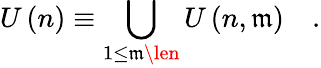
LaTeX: U\left(n\right)\equiv\bigcup_{1\le\mathfrak{m}\len}U\left(n,\mathfrak{m}\right)\quad.